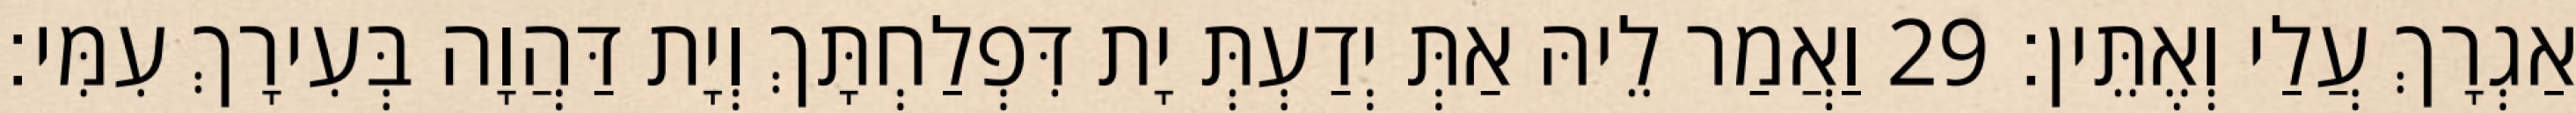
אַגְרָךְ עֲלַי וְאֶתֵּין׃ 29 וַאֲמַר לֵיהּ אַתְּ יְדַעְתְּ יָת דִּפְלַחְתָּךְ וְיָת דַּהֲוָה בְּעִירָךְ עִמִּי׃